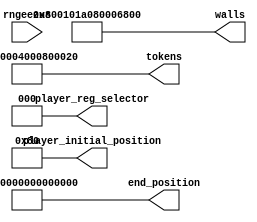
module level_four_rom_19 (
    input [1:0] rngeezus,
    output reg [63:0] player_initial_position,
    output reg [2:0] player_reg_selector,
    output reg [63:0] end_position,
    output reg [63:0] walls,
    output reg [63:0] tokens
  );
  
  
  
  always @* begin
    player_initial_position[0+7-:8] = 8'h80;
    player_initial_position[8+55-:56] = 56'h00000000000000;
    player_reg_selector = 3'h0;
    end_position[0+55-:56] = 56'h00000000000000;
    end_position[56+7-:8] = 8'h01;
    tokens[0+7-:8] = 8'h22;
    tokens[8+7-:8] = 8'h00;
    tokens[16+7-:8] = 8'h80;
    tokens[24+7-:8] = 8'h00;
    tokens[32+7-:8] = 8'h40;
    tokens[40+7-:8] = 8'h00;
    tokens[48+7-:8] = 8'h00;
    tokens[56+7-:8] = 8'h02;
    walls[0+7-:8] = 8'h4c;
    walls[8+7-:8] = 8'h66;
    walls[16+7-:8] = 8'h00;
    walls[24+7-:8] = 8'h80;
    walls[32+7-:8] = 8'ha0;
    walls[40+7-:8] = 8'h01;
    walls[48+7-:8] = 8'h01;
    walls[56+7-:8] = 8'h80;
  end
endmodule